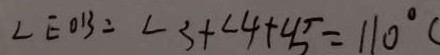
\angle E O B = \angle 3 + \angle 4 + \angle 5 = 1 1 0 ^ { \circ }